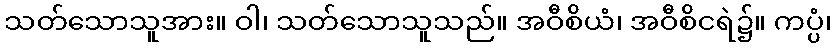
သတ်သောသူအား။ ဝါ၊ သတ်သောသူသည်။ အဝီစိယံ၊ အဝီစိငရဲ၌။ ကပ္ပံ၊